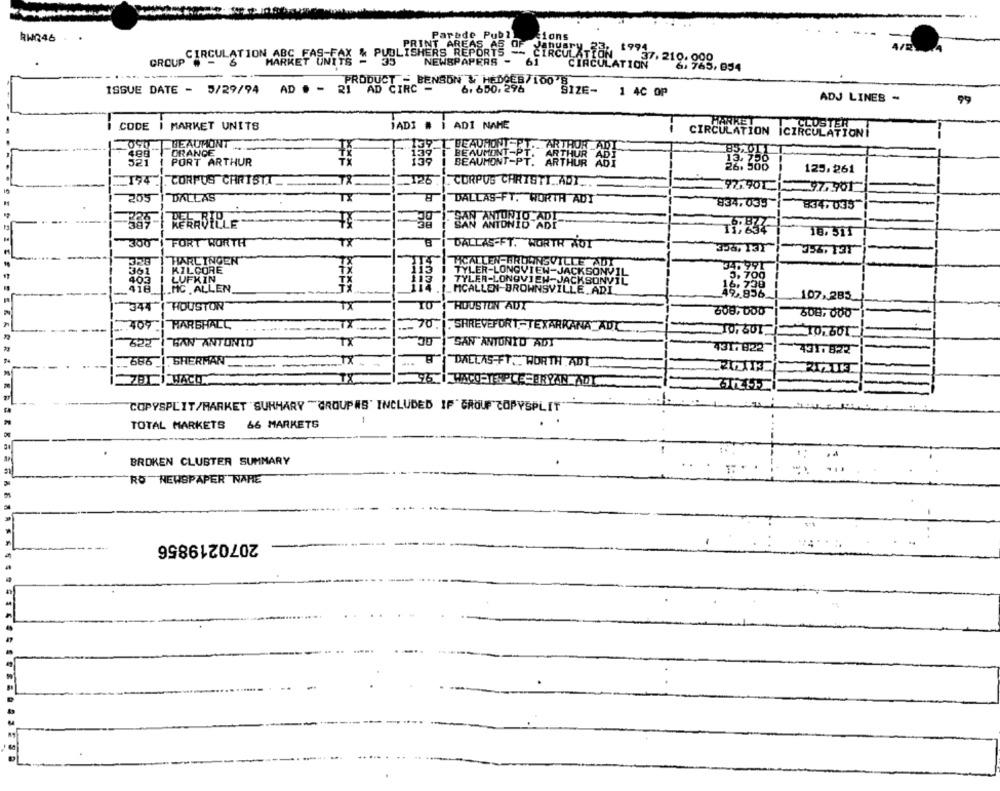
Parade Pub?
RWQ46
cions
T AREAS
PUBLISHERS REPORTS
EPORTE CE
CIRCULATION ABC FA
MARKET UNTAS & Pyg
NEWSPAPERS -
61
-- CIRCULATION 17 37, 219.989, 954
ULATION"
PRODUCT _ BENSON & HEDOES/100 8
ISSUE DATE - 5/29/94
AD . - 2I AD CIRC -
6. 650, 296
SIZE-
1 4C OP
ADJ LINES -
99
CODE
MARKET UNITS
ADI
ADI NAME
CIRCULATION ICIRCULA
BEAUMONT
ORANGE
BEAUR
521
PORT ARTHUR
BEAUMONT
125.261
CORPUS CHRISTI
TX_
125
. CORPUS CHRISTI .. ADI ..
97.901
97.901
205
DALLAS
DALLAS-FT. WORTH ADY
834,035
834.035"
...
KERROYLLE
SAN ANTONIO ADI
18. 311
300
FORT WORTH
TX
DALLAS-FT. WORTR AUT
HARLINGEN"
361
KILCORE
34.991
TYLER-LONGVIEW-JACKSONVIL
3,700
402
LUFKIN
TX
TYLER-LONGVIEW-JACKSONVIL
418.
.. MC . ALLEN
MCALLEN-BROWNSVILLE.ADI
107,285
344
"HOUSTON
TX
HOUSTON ADT
608,000
508,000
409
HARSHALC
SHREVEFORT ,- TEXARKANA_ADC
10.601
622
SAN ANTONIO
TX
SAN"ANTONIO ADT
431. 822
431.822
686
SHERMAN
18
DALLAS-FT. WORTH ADT
ZBI WACHT
COPYSPLIT/MARKET SUMMARY "GROUPS" INCLUDED IF GROUP COPYSPLIT"
-
TOTAL MARKETS
66 MARKETS
BROKEN CLUBTER SUMMARY
RO NEWSPAPER NAHE
2070219856
-